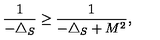
\frac { 1 } { - \triangle _ { S } } \geq \frac { 1 } { - \triangle _ { S } + M ^ { 2 } } ,